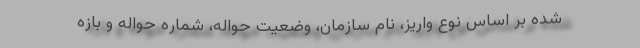
شده بر اساس نوع واریز، نام سازمان، وضعیت حواله، شماره حواله و بازه